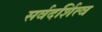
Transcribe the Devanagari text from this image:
सर्वदर्शित्व